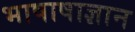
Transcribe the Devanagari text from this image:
भाषाषाज्ञान